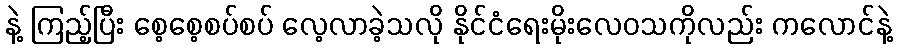
နဲ့ ကြည့်ပြီး စေ့စေ့စပ်စပ် လေ့လာခဲ့သလို နိုင်ငံရေးမိုးလေဝသကိုလည်း ကလောင်နဲ့